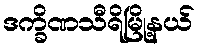
ဒက္ခိဏသီရိမြို့နယ်